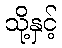
သို့နှင့်